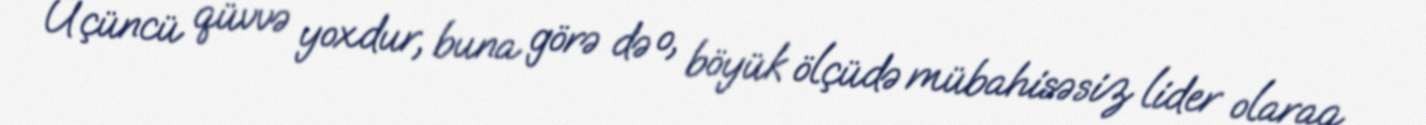
Üçüncü qüvvə yoxdur, buna görə də o, böyük ölçüdə mübahisəsiz lider olaraq